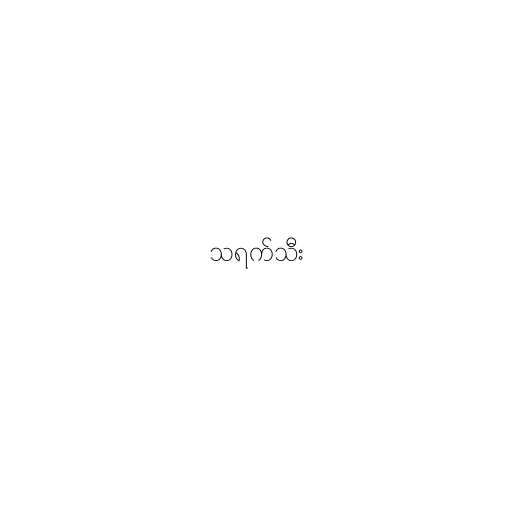
သရက်သီး